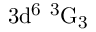
\mathrm { 3 d ^ { 6 } \ ^ { 3 } G _ { 3 } }